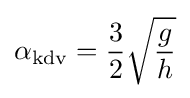
\alpha _{\text{kdv}}={\frac {3}{2}}{\sqrt {\frac {g}{h}}}